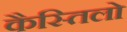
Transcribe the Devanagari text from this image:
कैस्तिलो